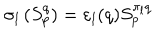
\sigma _ { l } \left( S _ { p } ^ { q } \right) = \varepsilon _ { l } ( q ) S _ { p } ^ { \pi _ { l } q }